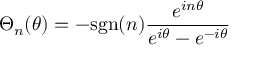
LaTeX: { \Theta } _ { n } ( \theta ) = - \mathrm { s g n } ( n ) \frac { e ^ { i n { \theta } } } { e ^ { i { \theta } } - e ^ { - i { \theta } } }